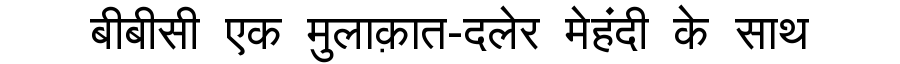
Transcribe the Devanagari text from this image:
बीबीसी एक मुलाक़ात-दलेर मेहंदी के साथ